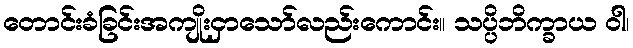
တောင်းခံခြင်းအကျိုးငှာသော်လည်းကောင်း။ သပ္ပိဘိက္ခာယ ဝါ၊